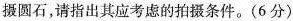
摄圆石，请指出其应考虑的拍摄条件。(6分)